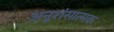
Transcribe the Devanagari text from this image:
अनूशंसात्मक